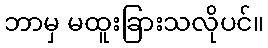
ဘာမှ မထူးခြားသလိုပင်။